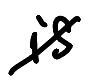
Text: is
Cross-out: diagonal
Writing tool: digital_black